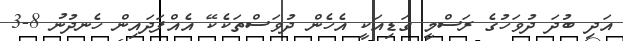
އަދި ބުދަ ދުވަހުގެ ރަސްމީ ގަޑިއަކީ އެހެން ދުވަސްތަކެކޭ އެއްފަދައިން ހެނދުނު 8-3